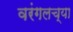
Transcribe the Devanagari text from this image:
वरंगलच्या